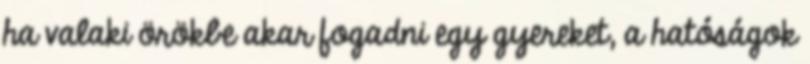
ha valaki örökbe akar fogadni egy gyereket, a hatóságok